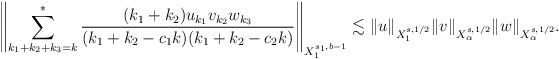
LaTeX: \begin{align*} \left\| \sum_{k_1 + k_2 + k_3 = k}^* \frac{(k_1 + k_2)u_{k_1}v_{k_2}w_{k_3}}{(k_1 + k_2 - c_1k)(k_1+k_2 - c_2 k )} \right\|_{X^{s_1,b-1}_1} \lesssim \|u\|_{X^{s,1/2}_1} \|v\|_{X^{s,1/2}_\alpha}\|w\|_{X^{s,1/2}_\alpha}. \end{align*}